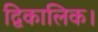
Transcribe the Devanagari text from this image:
द्विकालिक।